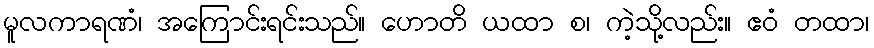
မူလကာရဏံ၊ အကြောင်းရင်းသည်။ ဟောတိ ယထာ စ၊ ကဲ့သို့လည်း။ ဧဝံ တထာ၊